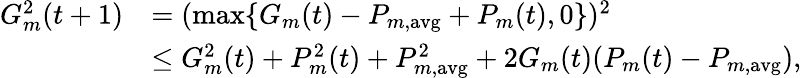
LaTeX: \begin{array}{rl}{G_{m}^{2}(t+1)}&{=(\operatorname*{max}\{ G_{m}(t)-P_{m,\mathrm{avg}}+P_{m}(t),0\} )^{2}}\\ &{\leq G_{m}^{2}(t)+P_{m}^{2}(t)+P_{m,\mathrm{avg}}^{2}+2G_{m}(t)(P_{m}(t)-{P}_{m,\mathrm{avg}}),}\end{array}